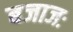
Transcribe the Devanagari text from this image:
बजाजः